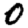
Digit: 0